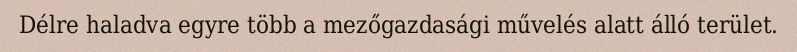
Délre haladva egyre több a mezőgazdasági művelés alatt álló terület.